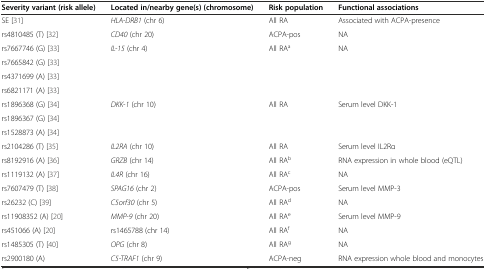
<table><thead><tr><td><b>Severity variant (risk allele)</b></td><td><b>Located in/nearby gene(s) (chromosome)</b></td><td><b>Risk population</b></td><td><b>Functional associations</b></td></tr></thead><tbody><tr><td>SE [31]</td><td><i>HLA-DRB1</i> (chr 6)</td><td>All RA</td><td>Associated with ACPA-presence</td></tr><tr><td>rs4810485 (T) [32]</td><td><i>CD40</i> (chr 20)</td><td>ACPA-pos</td><td>NA</td></tr><tr><td>rs7667746 (G) [33]</td><td rowspan="4"><i>IL-15</i> (chr 4)</td><td rowspan="4">All RA<sup>a</sup></td><td rowspan="4">NA</td></tr><tr><td>rs7665842 (G) [33]</td></tr><tr><td>rs4371699 (A) [33]</td></tr><tr><td>rs6821171 (A) [33]</td></tr><tr><td>rs1896368 (G) [34]</td><td rowspan="3"><i>DKK-1</i> (chr 10)</td><td rowspan="3">All RA</td><td rowspan="3">Serum level DKK-1</td></tr><tr><td>rs1896367 (G) [34]</td></tr><tr><td>rs1528873 (A) [34]</td></tr><tr><td>rs2104286 (T) [35]</td><td><i>IL2RA</i> (chr 10)</td><td>All RA</td><td>Serum level IL2Rα</td></tr><tr><td>rs8192916 (A) [36]</td><td><i>GRZB</i> (chr 14)</td><td>All RA<sup>b</sup></td><td>RNA expression in whole blood (eQTL)</td></tr><tr><td>rs1119132 (A) [37]</td><td><i>IL4R</i> (chr 16)</td><td>All RA<sup>c</sup></td><td>NA</td></tr><tr><td>rs7607479 (T) [38]</td><td><i>SPAG16</i> (chr 2)</td><td>ACPA-pos</td><td>Serum level MMP-3</td></tr><tr><td>rs26232 (C) [39]</td><td><i>C5orf30</i> (chr 5)</td><td>All RA<sup>d</sup></td><td>NA</td></tr><tr><td>rs11908352 (A) [20]</td><td><i>MMP-9</i> (chr 20)</td><td>All RA<sup>e</sup></td><td>Serum level MMP-9</td></tr><tr><td>rs451066 (A) [20]</td><td>rs1465788 (chr 14)</td><td>All RA<sup>f</sup></td><td>NA</td></tr><tr><td>rs1485305 (T) [40]</td><td><i>OPG</i> (chr 8)</td><td>All RA<sup>g</sup></td><td>NA</td></tr><tr><td>rs2900180 (A)</td><td><i>C5-TRAF1</i> (chr 9)</td><td>ACPA-neg</td><td>RNA expression whole blood and monocytes</td></tr></tbody></table>